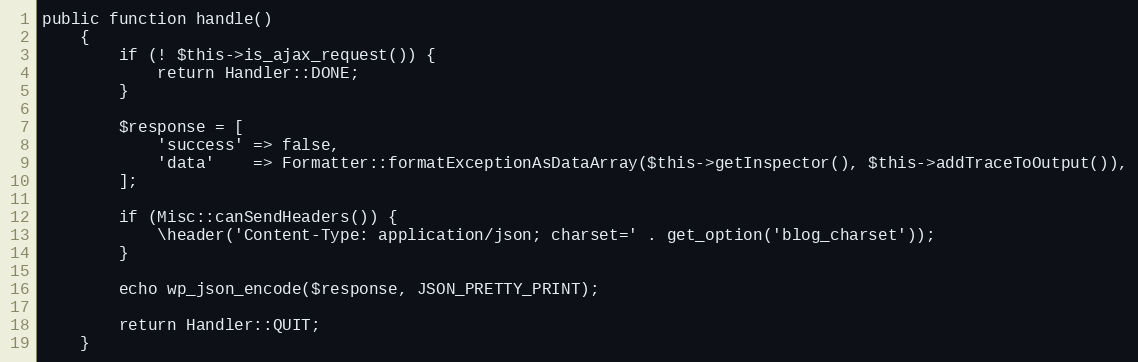
Language: PHP
public function handle()
    {
        if (! $this->is_ajax_request()) {
            return Handler::DONE;
        }

        $response = [
            'success' => false,
            'data'    => Formatter::formatExceptionAsDataArray($this->getInspector(), $this->addTraceToOutput()),
        ];

        if (Misc::canSendHeaders()) {
            \header('Content-Type: application/json; charset=' . get_option('blog_charset'));
        }

        echo wp_json_encode($response, JSON_PRETTY_PRINT);

        return Handler::QUIT;
    }